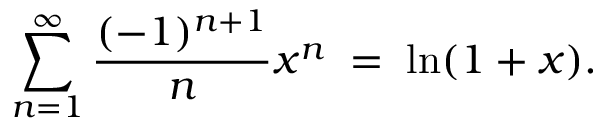
\sum _ { n = 1 } ^ { \infty } { \frac { ( - 1 ) ^ { n + 1 } } { n } } x ^ { n } \; = \; \ln ( 1 + x ) .